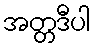
အတ္တဒီပါ